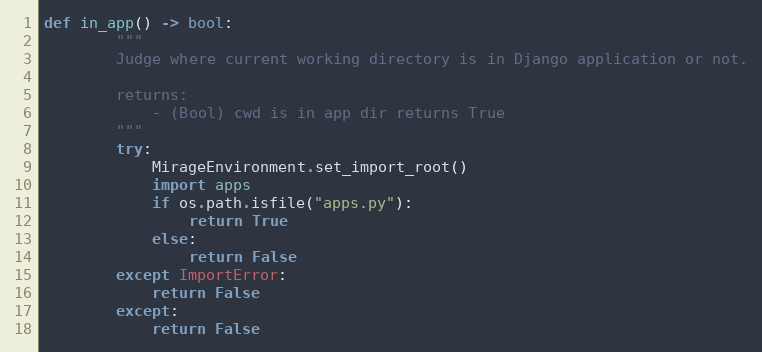
Language: Python
def in_app() -> bool:
        """
        Judge where current working directory is in Django application or not.

        returns:
            - (Bool) cwd is in app dir returns True
        """
        try:
            MirageEnvironment.set_import_root()
            import apps
            if os.path.isfile("apps.py"):
                return True
            else:
                return False
        except ImportError:
            return False
        except:
            return False